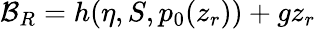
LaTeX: {\cal B}_{R}=h(\eta,S,p_{0}(z_{r}))+gz_{r}